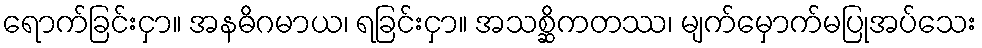
ရောက်ခြင်းငှာ။ အနဓိဂမာယ၊ ရခြင်းငှာ။ အသစ္ဆိကတဿ၊ မျက်မှောက်မပြုအပ်သေး